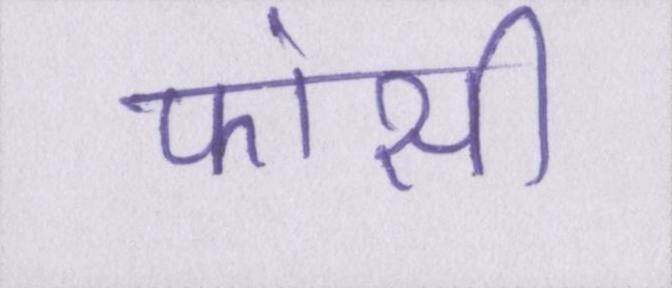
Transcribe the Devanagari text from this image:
फांसी